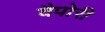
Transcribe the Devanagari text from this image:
वैपोरी